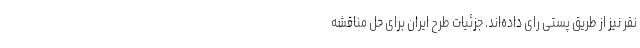
نفر نیز از طریق پستی رای داده‌اند. جزئیات طرح ایران برای حل مناقشه